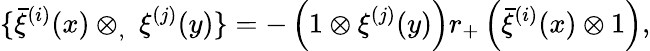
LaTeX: \{ \bar{\xi}^{(i)}(x)\otimes_{,}\ \xi^{(j)}(y)\} =-\left(1\otimes\xi^{(j)}(y)\right)r_{+}\left(\bar{\xi}^{(i)}(x)\otimes 1\right),